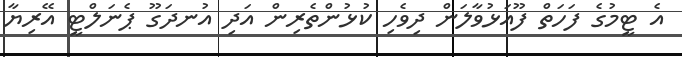
އެ ޓީމުގެ ފަހަތް ފޫއަޅުވާލަން ދިވެހި ކުޅުންތެރިން އަދި އުނދަގޫ ޕެނަލްޓީ އޭރިޔާ